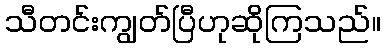
သီတင်းကျွတ်ပြီဟုဆိုကြသည်။